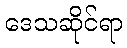
ဒေသဆိုင်ရာ